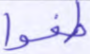
طغوا